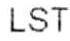
LST